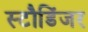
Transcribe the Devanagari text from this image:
स्टौडिंजर